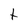
Character: t